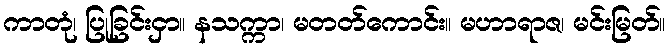
ကာတုံ၊ ပြုခြင်းငှာ။ နသက္ကာ၊ မတတ်ကောင်း။ မဟာရာဇ၊ မင်းမြတ်။